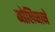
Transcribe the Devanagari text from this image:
मोलिनाने